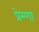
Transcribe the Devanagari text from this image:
प्रेम्णा